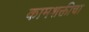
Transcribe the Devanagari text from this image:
कामशक्तीचा